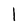
Character: 1